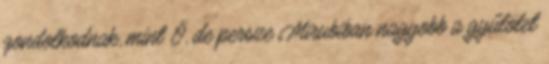
gondolkodnak, mint Ő, de persze Mirubiban nagyobb a gyűlölet